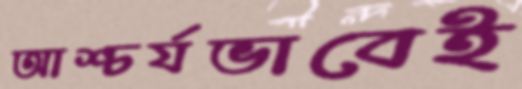
আশ্চর্যভাবেই